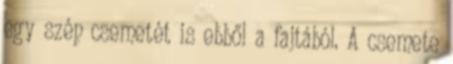
egy szép csemetét is ebből a fajtából. A csemete